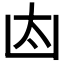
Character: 𠚀